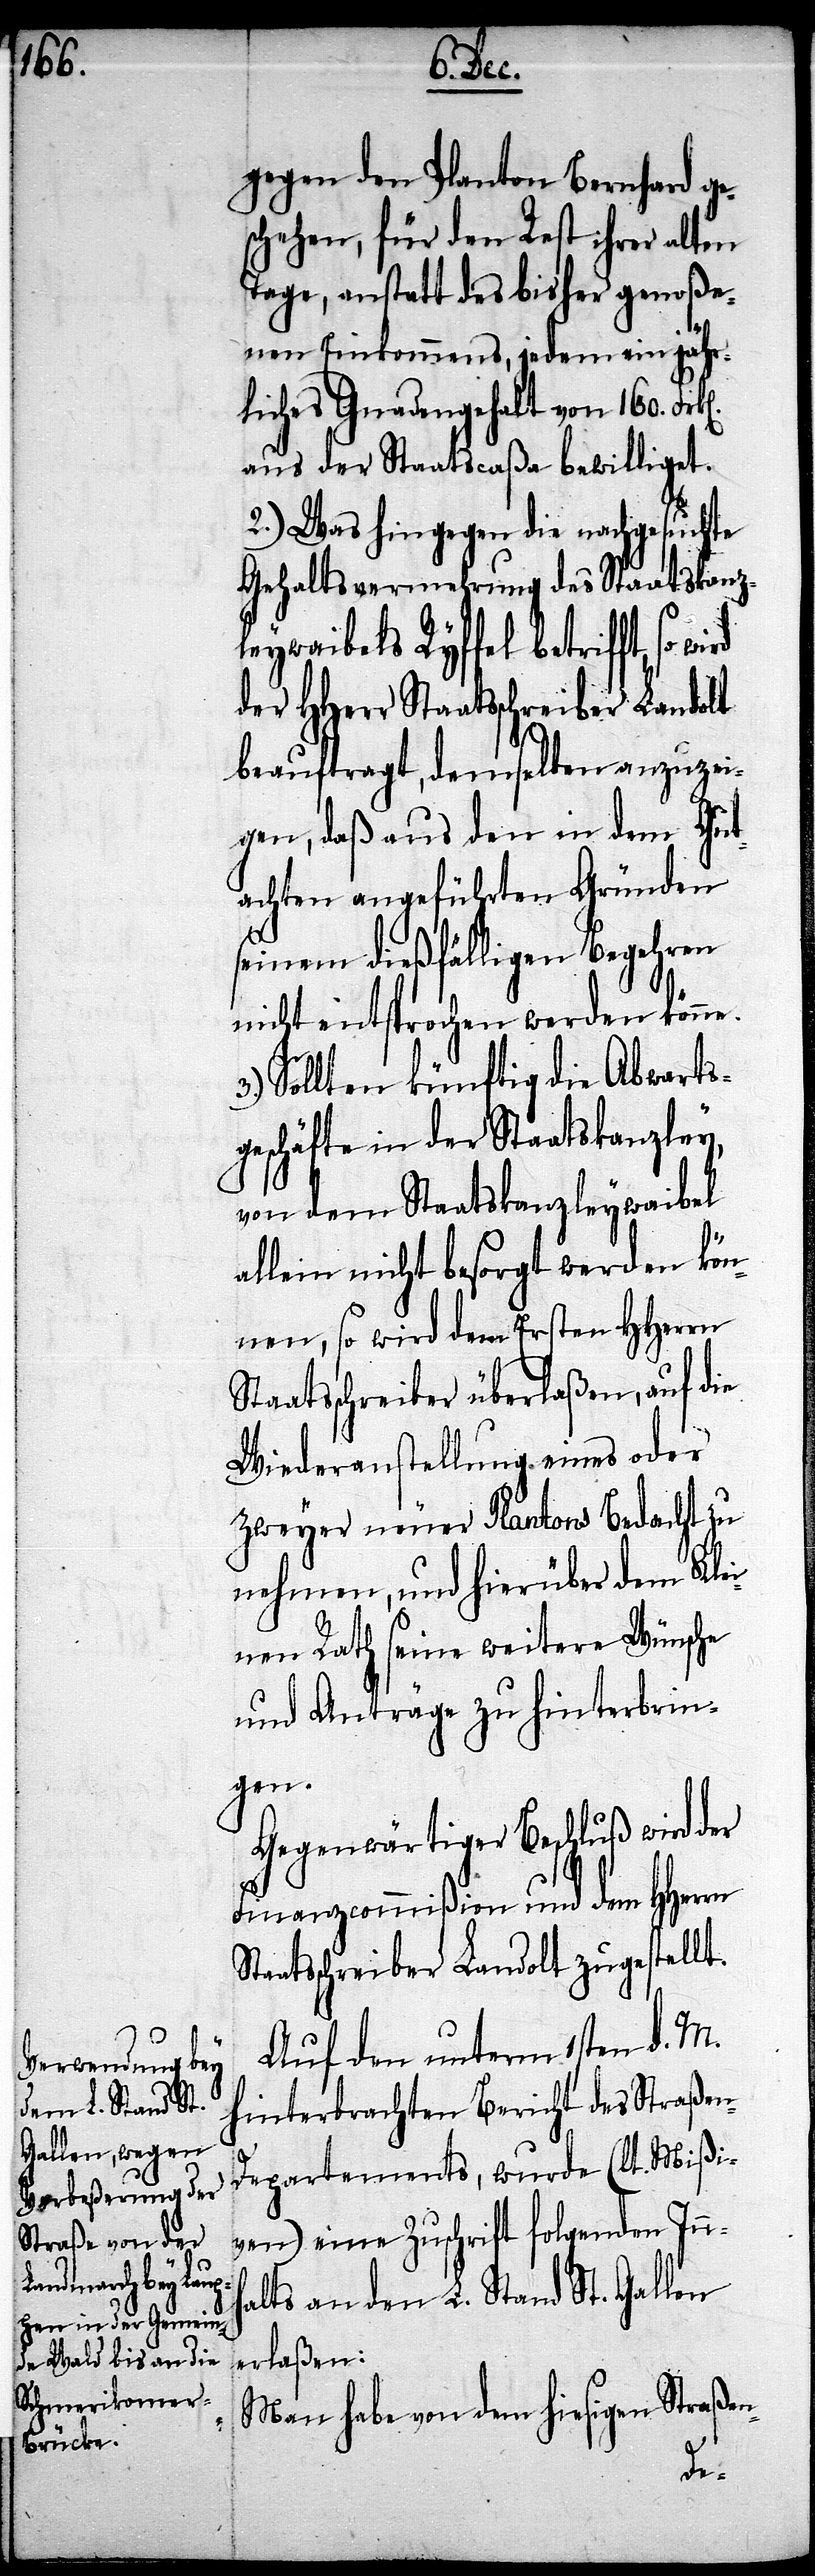
gegen den Planton Bernhard ge¬
schehen, für den Rest ihrer alten
Tage, anstatt des bisher genoße¬
nen Einkommens, jedem ein jähr¬
liches Gnadengehalt von 160.
aus der Staatscaßa bewilliget.
2.) Was hingegen die nachgesuchte
Gehaltsvermehrung des Staatskanz¬
leywaibels Ryffel betrifft, so
der HHerr Staatsschreiber Landolt
beauftragt, demselben anzuzei¬
gen, daß aus den in dem Gut¬
achten angeführten Gründen
seinen dießfälligen Begehren
nicht entsprochen werden könne.
Sollten künftig die Abwarts¬
geschäfte in der Staatskanzley,
von dem Staatskanzleywaibel
allein nicht besorgt werden kön¬
nen, so wird dem Ersten HHerrn
Staatsschreiber überlaßen, auf die
Wiederanstellung eines oder
zweyer neuer Plantons Bedacht zu
nehmen, und hierüber dem Klei¬
nen Rath seine weitere Wünsche
und Anträge zu hinterbrin¬
gen.
Gegenwärtiger Beschluß wird der
Finanzcommißion und dem HHerrn
aatsschreiber Landolt zugestellt.
Auf den unterm 1sten d. M.
hinterbrachten Bericht des Straßen-D¬
epartements, wurde (lt. Mißi¬
ven) eine Zuschrift folgenden Innh¬
alts an den L. Stand St. Gallen
erlaßen:
„Man habe von dem hiesigen Straßen-
St¬